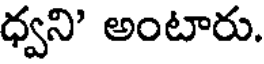
ధ్వని' అంటారు.